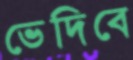
ভেদিবে